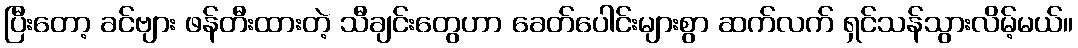
ပြီးတော့ ခင်ဗျား ဖန်တီးထားတဲ့ သီချင်းတွေဟာ ခေတ်ပေါင်းများစွာ ဆက်လက် ရှင်သန်သွားလိမ့်မယ်။